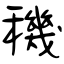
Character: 穖